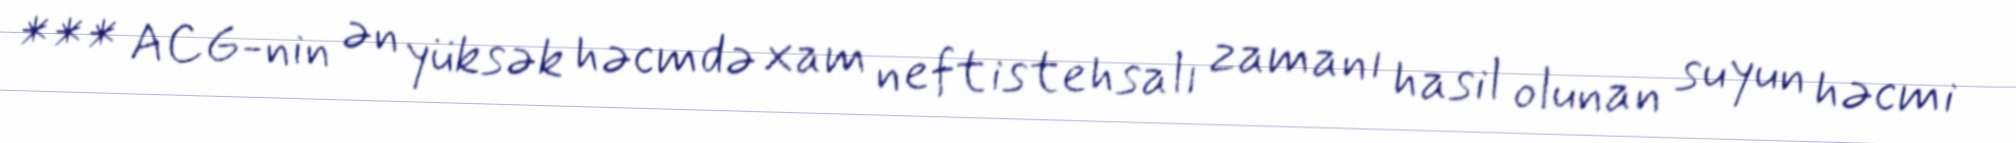
*** ACG-nin ən yüksək həcmdə xam neft istehsalı zamanı hasil olunan suyun həcmi